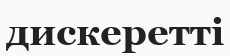
дискеретті